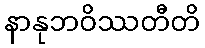
နာနုဘဝိဿတီတိ